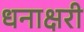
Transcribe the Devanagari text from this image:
धनाक्षरी